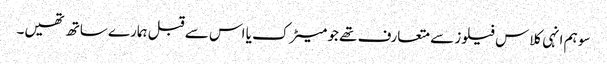
سو ہم انہی کلاس فیلوز سے متعارف تھے جو میٹرک یا اس سے قبل ہمارے ساتھ تھیں۔